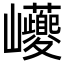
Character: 𡿟